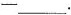
—___.